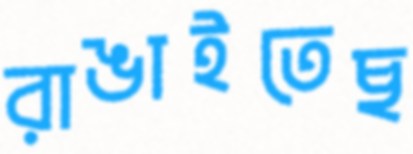
রাঙাইতেছ